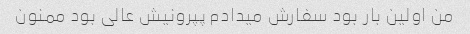
من اولین بار بود سفارش میدادم پپرونیش عالی بود ممنون